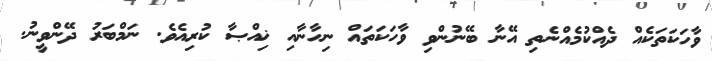
ވާހަކަތަކެއް ދެއްކުމެއްނެތި އޭނާ ބޭނުންވި ވާހަކަތައް ނިހާނާއި ޚިއްޞާ ކުރިއެވެ. ނަމްބަރު ދޭންވީނު.